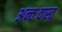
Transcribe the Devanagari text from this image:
अन्तःवास्तु